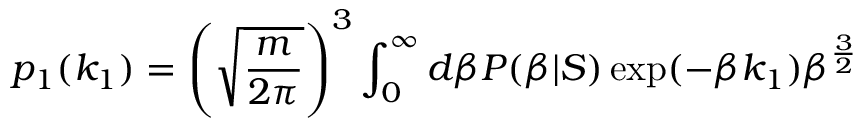
p _ { 1 } ( k _ { 1 } ) = \left( \sqrt { \frac { m } { 2 \pi } } \right) ^ { 3 } \int _ { 0 } ^ { \infty } d \beta P ( \beta | S ) \exp ( - \beta k _ { 1 } ) \beta ^ { \frac { 3 } { 2 } }